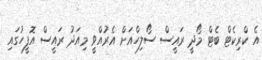
އެ ކްރިކެޓް ބެޓް މޯދީ ރައީސް ސޯލިހްއަށް އެރުއްވީ މިއަދު ރައީސް އޮފީހުގައި